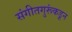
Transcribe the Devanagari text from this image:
संगीतगुरूंकडून